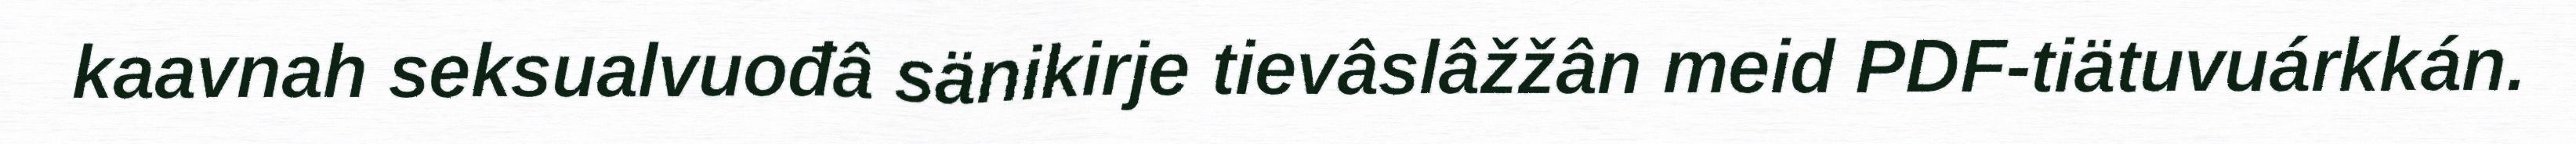
kaavnah seksualvuođâ sänikirje tievâslâžžân meid PDF-tiätuvuárkkán.